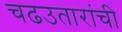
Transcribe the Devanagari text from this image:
चढउतारांची